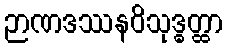
ဉာဏဒဿနဝိသုဒ္ဓတ္ထာ